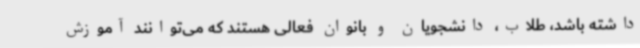
داشته باشد، طلاب، دانشجویان و بانوان فعالی هستند که می‌توانند آموزش